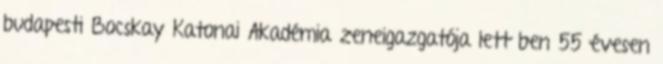
budapesti Bocskay Katonai Akadémia zeneigazgatója lett ben 55 évesen